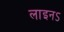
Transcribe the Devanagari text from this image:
लाइनऽ